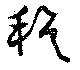
穆